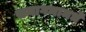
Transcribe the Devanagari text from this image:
समागमामधे